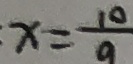
x = \frac { 1 0 } { 9 }